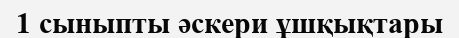
1 сыныпты әскери ұшқықтары